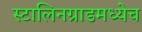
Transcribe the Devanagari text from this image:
स्टालिनग्राडमध्येच